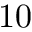
1 0